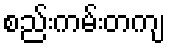
စည်းကမ်းတကျ